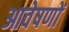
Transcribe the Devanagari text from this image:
आवेषणों